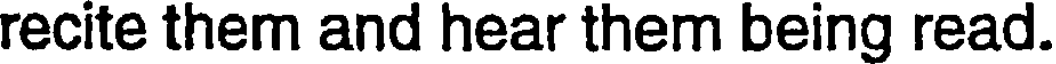
recite them and hear them being read.